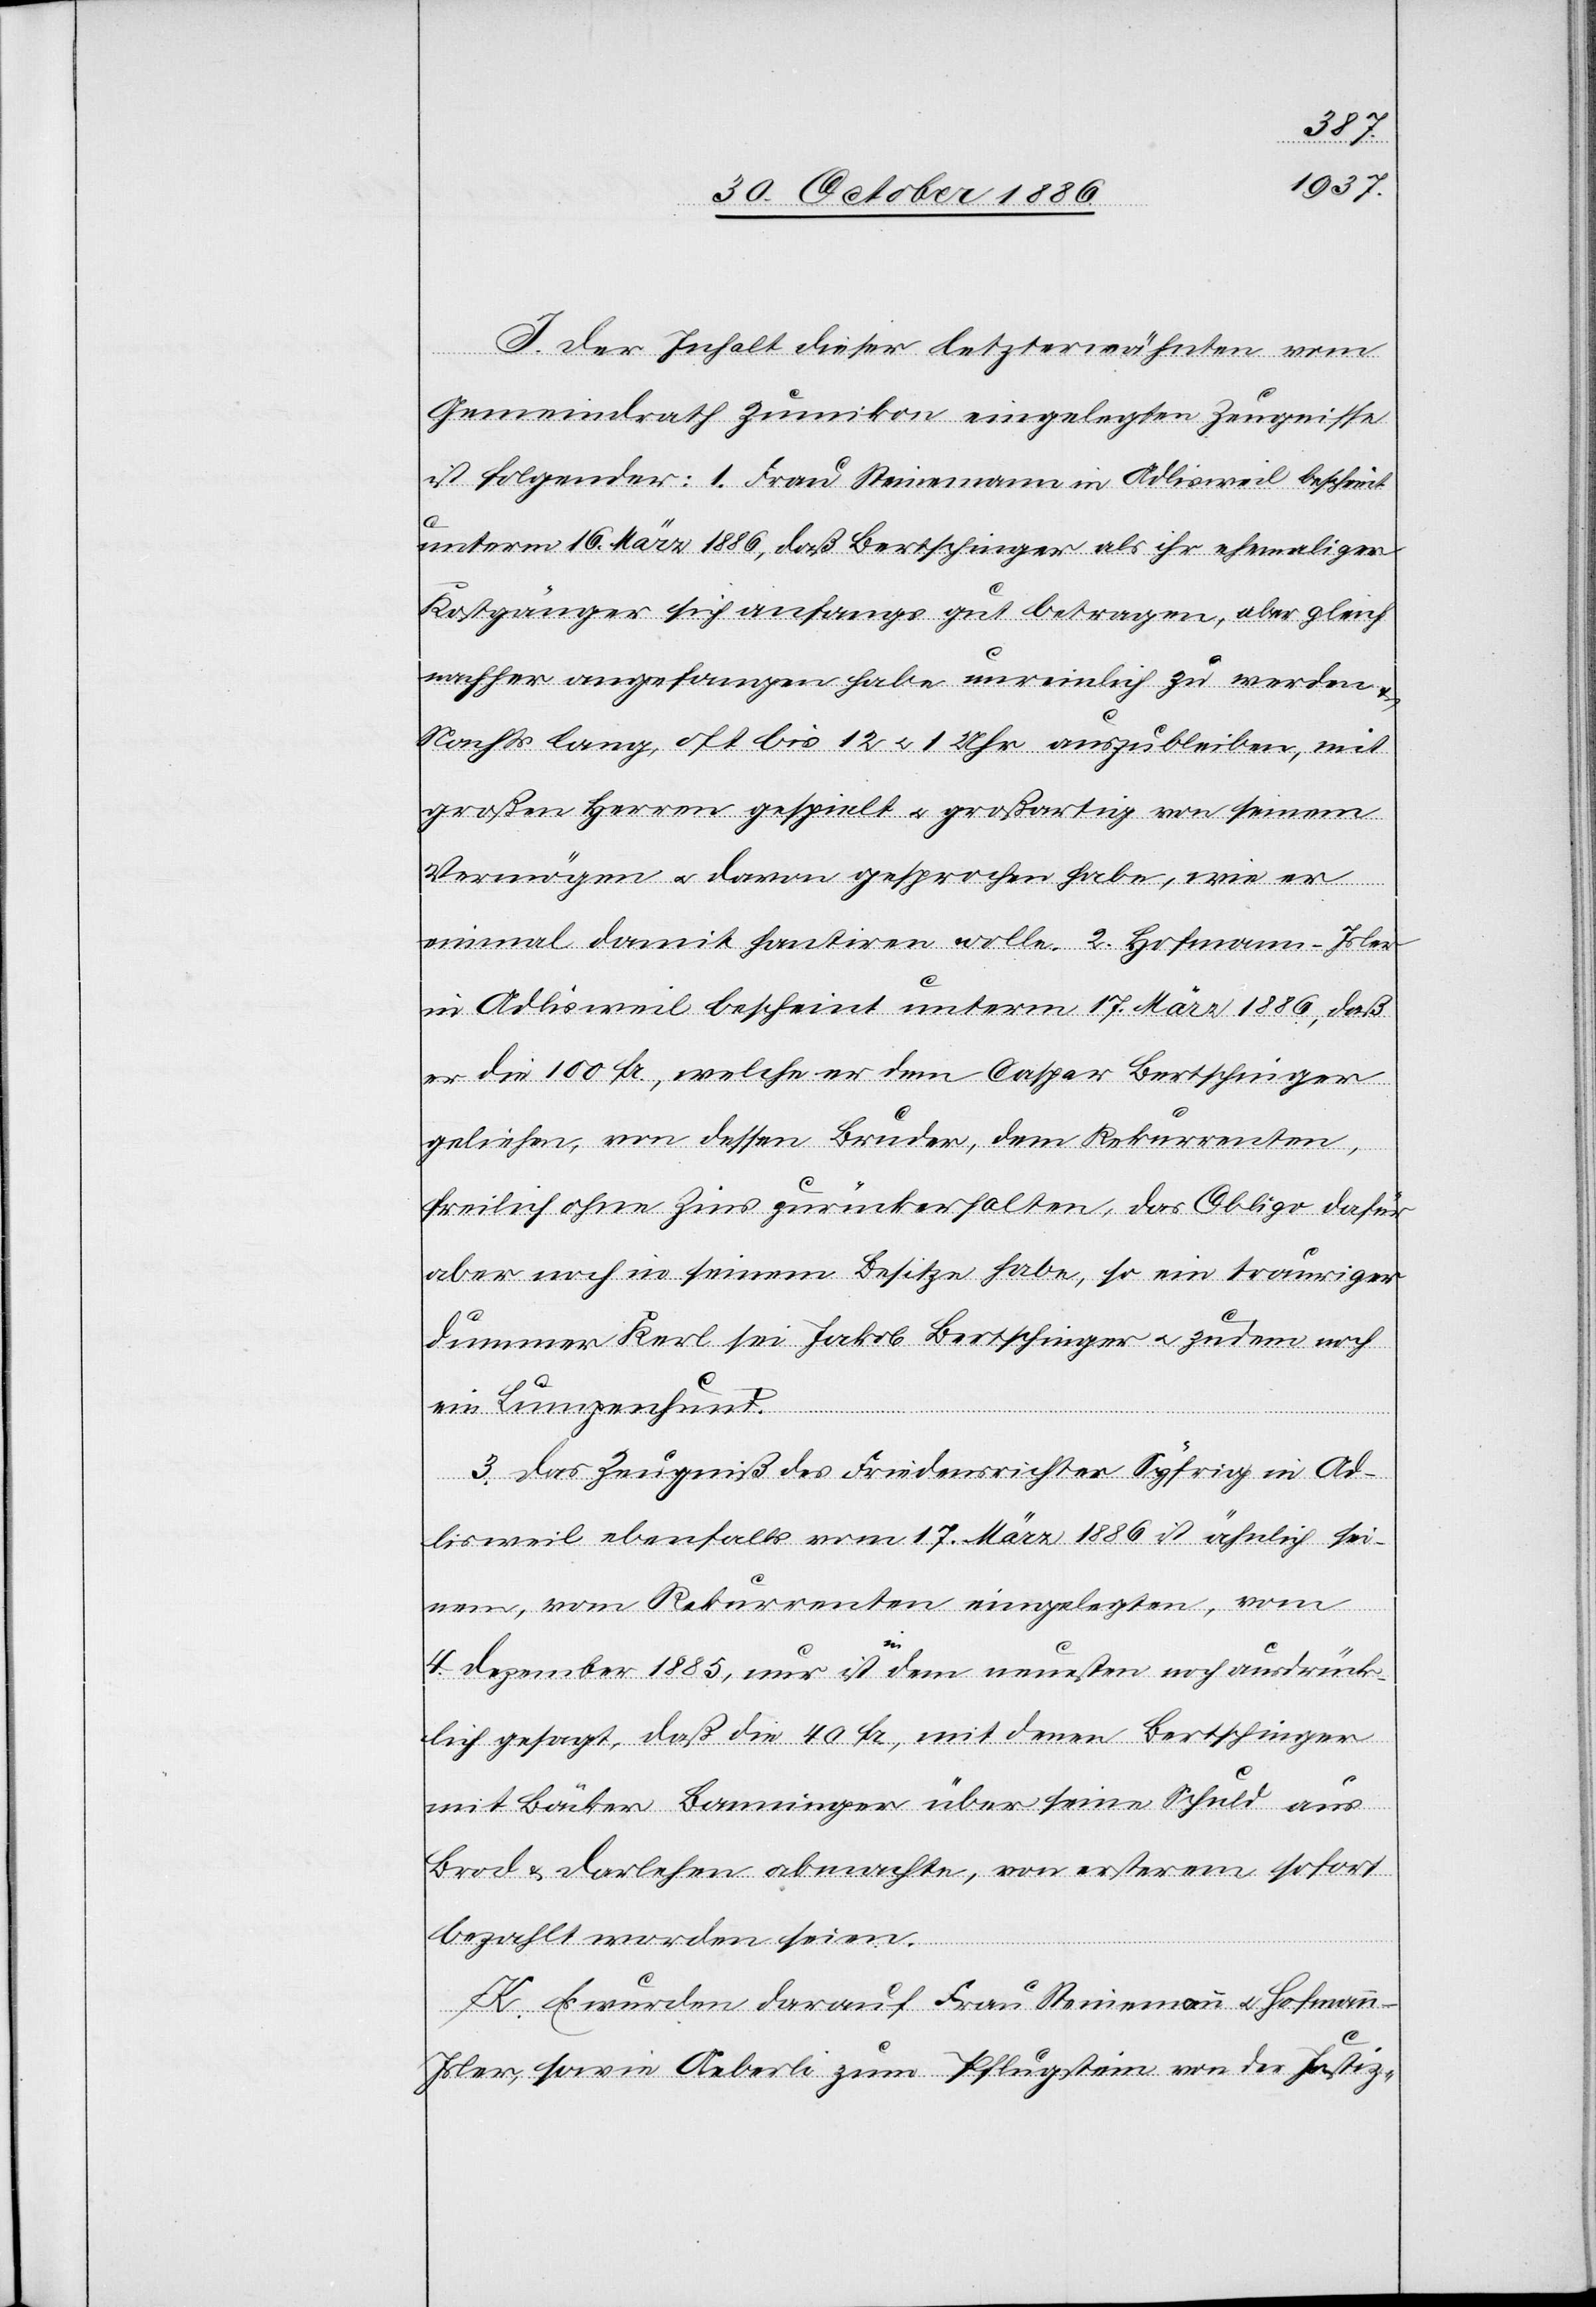
I. Der Inhalt dieser letzterwähnten vom
Gemeindrath Zumikon eingelegten Zeugnisse
ist folgender: 1. Frau Steinemann [sic!] in Adlisweil bescheint
unterm 16. März 1886, daß Bertschinger als ihr ehemaliger
Kostgänger sich anfangs gut betragen, aber gleich
nachher angefangen habe unreinlich zu werden
Nachts lang, oft bis 12 & 1 Uhr auszubleiben, mit
großen Herren gespielt & großartig von seinem
Vermögen & davon gesprochen habe, wie er
einmal damit hantiren wolle. 2. Hofmann-Isler
in Adlisweil bescheint unterm 17. März 1886, daß
er die 100 Fr., welche er dem Caspar Bertschinger
geliehen, von dessen Bruder, dem Rekurrenten,
freilich ohne Zins zurückerhalten, das Obligo dafür
aber noch in seinem Besitze habe, so ein trauriger
dummer Kerl sei Jakob Bertschinger & zudem noch
ein Lumpenhund.
3. Das Zeugniß des Friedensrichter Syfrig in Ad¬
lisweil ebenfalls vom 17. März 1886 ist ähnlich sei¬
nem, vom Rekurrenten eingelegten, vom
4. Dezember 1885, nur ist in dem neuesten noch ausdrück¬
lich gesagt, daß die 40 Fr., mit denen Bertschinger
mit Bäcker Banninger [sic!] über seine Schuld aus
Brod & Darlehen abmachte, von ersterem sofort
bezahlt worden seien.
K. Es wurden darauf Frau Steinemann & Hofmann-I¬
sler, sowie Aeberli zum Pflugstein von der Justiz-